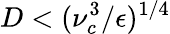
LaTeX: D<(\nu_{c}^{3}/\epsilon)^{1/4}